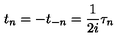
t _ { n } = - t _ { - n } = \frac { 1 } { 2 i } \tau _ { n }